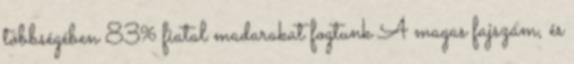
többségében 83% fiatal madarakat fogtunk A magas fajszám, és